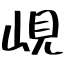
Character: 峴